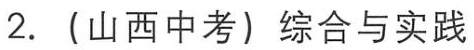
2. （山西中考）综合与实践